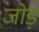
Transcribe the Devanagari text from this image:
जोड़ं